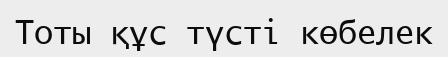
Тоты құс түсті көбелек